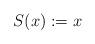
LaTeX: \begin{align*}S(x):=x\qquad\end{align*}